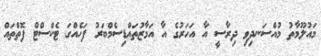
މައުލޫމާތު މުއްސަނދިވި ދިރާސީ އާ އަހަރުގެ އާ އަމާޒުތައްޑިސެމްބަރު ފަހެއްގަ ޓެކްސްޓް ފޮތްތައް